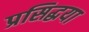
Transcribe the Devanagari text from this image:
प्रसिद्धया